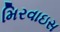
મિરવાઇસ